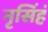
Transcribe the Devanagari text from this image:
नृसिंहं